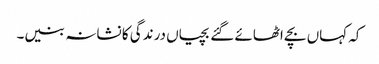
کہ کہاں بچے اٹھائے گئے بچیاں درندگی کا نشانہ بنیں۔